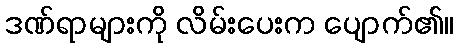
ဒဏ်ရာများကို လိမ်းပေးက ပျောက်၏။